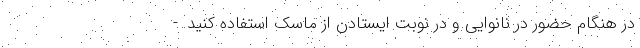
در هنگام حضور در نانوایی و در نوبت ایستادن از ماسک استفاده کنید. -